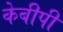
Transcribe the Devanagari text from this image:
केबीपी